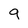
Character: 9